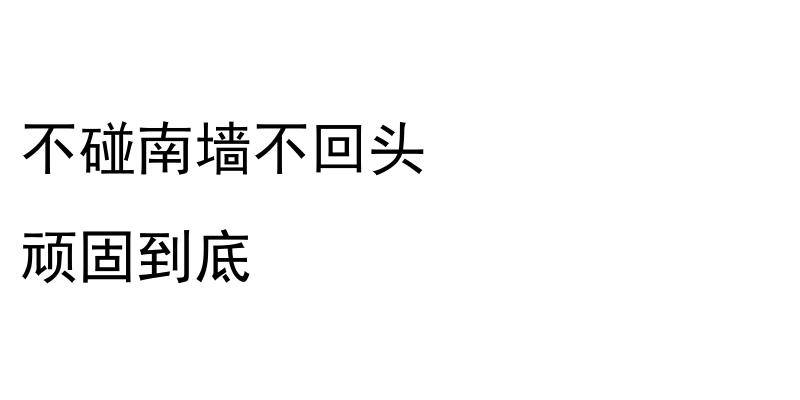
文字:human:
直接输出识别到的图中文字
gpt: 不碰南墙不回头 顽固到底